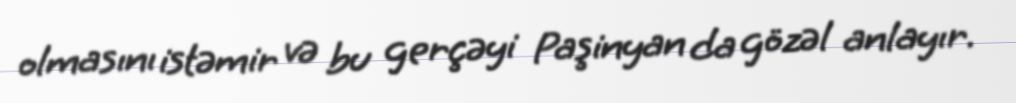
olmasını istəmir və bu gerçəyi Paşinyan da gözəl anlayır.